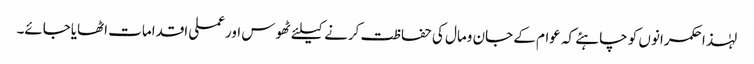
لہٰذا حکمرانوں کو چاہئے کہ عوام کے جان ومال کی حفاظت کرنے کیلئے ٹھوس اورعملی اقدامات اٹھایاجائے۔